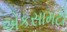
એકસામટો